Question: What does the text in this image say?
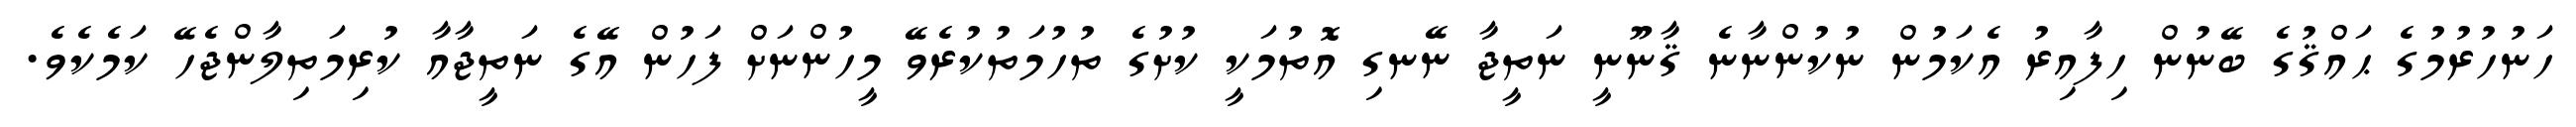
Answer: ހަނުހުރުމުގެ ޙައްޤުގެ ބޭނުން ހިފާއިރު އެކަމުން ނުކުންނާނެ ޤާނޫނީ ނަތީޖާ ނޭނގި އޮތުމަކީ ކުށުގެ ތުހުމަތުކުރެވޭ މީހުންނަށް ފަހުން އޭގެ ނަތީޖާއާ ކުރިމަތިލާންޖެހޭ ކަމެކެވެ.